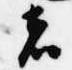
者